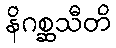
နိဂစ္ဆသီတိ